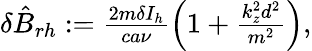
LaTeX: \begin{array}{r}{\delta\hat{B}_{rh}:=\frac{2m\delta I_{h}}{ca\nu}\left(1+\frac{k_{z}^{2}d^{2}}{m^{2}}\right),}\end{array}